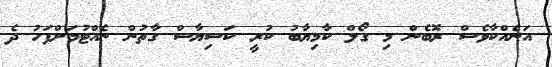
އަނެއްކާވެސް ރޮބެން މި ގޯލް ކާމިޔާބު ކުރީ ކަސިޔާސް ގާތުން ނެއްޓުމަށްފަހު ދެ